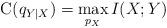
LaTeX: \begin{align*} \mathrm{C}(q_{Y|X}) = \max_{p_X} I(X;Y) \end{align*}